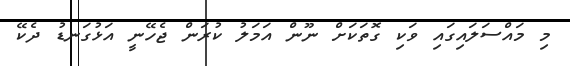
މި މައްސަލައިގައި ވަކި ގޮތަކަށް ނޫން އަމަލު ކުރަން ޖެހޭނީ އަޅުގަނޑު ދެކޭ